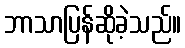
ဘာသာပြန်ဆိုခဲ့သည်။